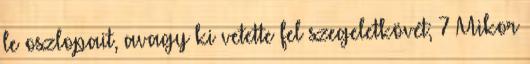
le oszlopait, avagy ki vetette fel szegeletkövét; 7 Mikor